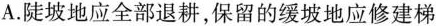
A.陡坡地应全部退耕，保留的缓坡地应修建梯